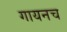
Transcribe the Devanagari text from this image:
गायनच